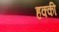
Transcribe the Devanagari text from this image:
हक्की